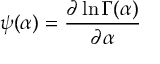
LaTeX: \psi ( \alpha ) = { \frac { \partial \ln \Gamma ( \alpha ) } { \partial \alpha } }